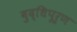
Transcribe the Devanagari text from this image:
बुद्धिपूर्ण